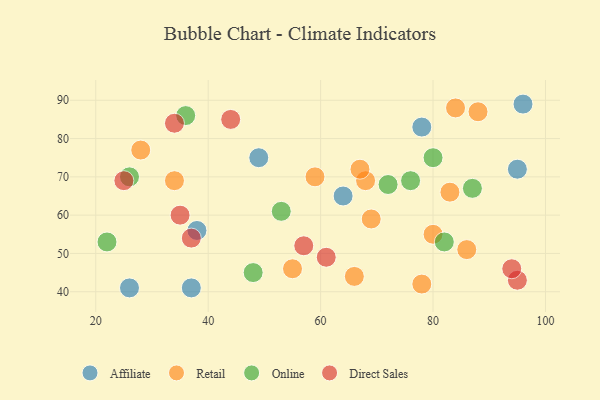
{"axis": {"x": "GDP", "y": "Life Expectancy"}, "legend": ["Affiliate", "Direct Sales", "Online", "Retail"], "data": [{"x": "37", "y": 41, "type": "Affiliate"}, {"x": "49", "y": 75, "type": "Affiliate"}, {"x": "78", "y": 83, "type": "Affiliate"}, {"x": "38", "y": 56, "type": "Affiliate"}, {"x": "95", "y": 72, "type": "Affiliate"}, {"x": "96", "y": 89, "type": "Affiliate"}, {"x": "26", "y": 41, "type": "Affiliate"}, {"x": "64", "y": 65, "type": "Affiliate"}, {"x": "69", "y": 59, "type": "Retail"}, {"x": "84", "y": 88, "type": "Retail"}, {"x": "80", "y": 55, "type": "Retail"}, {"x": "59", "y": 70, "type": "Retail"}, {"x": "86", "y": 51, "type": "Retail"}, {"x": "34", "y": 69, "type": "Retail"}, {"x": "68", "y": 69, "type": "Retail"}, {"x": "55", "y": 46, "type": "Retail"}, {"x": "67", "y": 72, "type": "Retail"}, {"x": "78", "y": 42, "type": "Retail"}, {"x": "83", "y": 66, "type": "Retail"}, {"x": "88", "y": 87, "type": "Retail"}, {"x": "28", "y": 77, "type": "Retail"}, {"x": "66", "y": 44, "type": "Retail"}, {"x": "76", "y": 69, "type": "Online"}, {"x": "48", "y": 45, "type": "Online"}, {"x": "80", "y": 75, "type": "Online"}, {"x": "22", "y": 53, "type": "Online"}, {"x": "72", "y": 68, "type": "Online"}, {"x": "36", "y": 86, "type": "Online"}, {"x": "26", "y": 70, "type": "Online"}, {"x": "87", "y": 67, "type": "Online"}, {"x": "53", "y": 61, "type": "Online"}, {"x": "82", "y": 53, "type": "Online"}, {"x": "37", "y": 54, "type": "Direct Sales"}, {"x": "25", "y": 69, "type": "Direct Sales"}, {"x": "34", "y": 84, "type": "Direct Sales"}, {"x": "44", "y": 85, "type": "Direct Sales"}, {"x": "57", "y": 52, "type": "Direct Sales"}, {"x": "95", "y": 43, "type": "Direct Sales"}, {"x": "94", "y": 46, "type": "Direct Sales"}, {"x": "35", "y": 60, "type": "Direct Sales"}, {"x": "61", "y": 49, "type": "Direct Sales"}]}